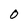
Character: O